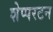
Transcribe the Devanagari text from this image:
शेप्परटन